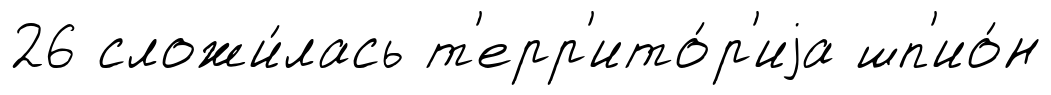
26 сложи́лась т'ерр'ито́р'иjа шп'ио́н